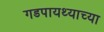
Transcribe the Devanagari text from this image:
गडपायथ्याच्या